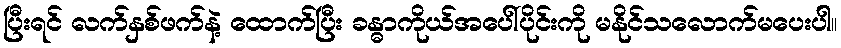
ပြီးရင် လက်နှစ်ဖက်နဲ့ ထောက်ပြီး ခန္ဓာကိုယ်အပေါ်ပိုင်းကို မနိုင်သလောက်မပေးပါ။